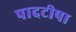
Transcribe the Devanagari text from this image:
पादटीपा